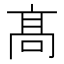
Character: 髙